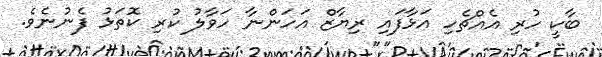
ބާކީ ހުރި އެއްޗެހި އަޅާފައި ރިޔާޒް އަހަންނާ ހަވާލު ކުރި ކޮތަޅު ފެނުނެވެ.